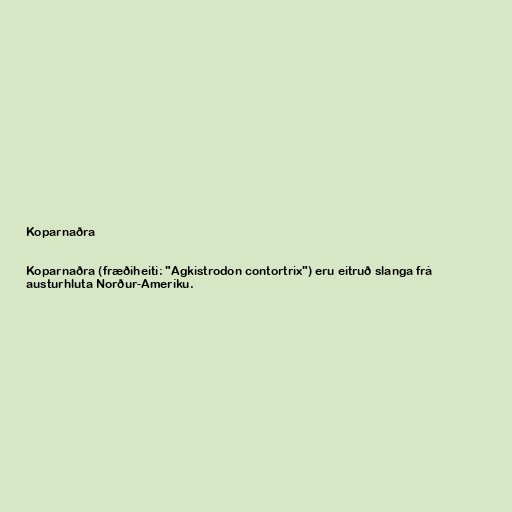
Koparnaðra

Koparnaðra (fræðiheiti: "Agkistrodon contortrix") eru eitruð slanga frá
austurhluta Norður-Ameríku.